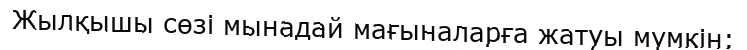
Жылқышы сөзі мынадай мағыналарға жатуы мүмкін: